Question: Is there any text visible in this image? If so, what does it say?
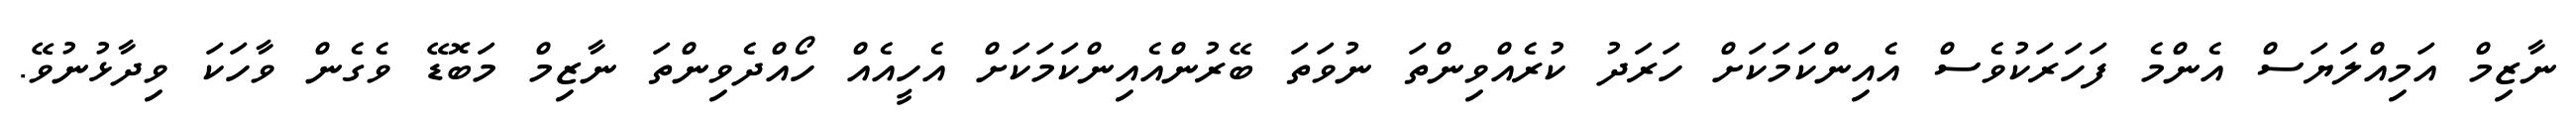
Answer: ނާޒިމް އަމިއްލަޔަސް އެންމެ ފަހަރަކުވެސް އެއިންކަމަކަށް ހަރަދު ކުރެއްވިންތަ ނުވަތަ ބޭރުންއެއިންކަމަކަށް އެހީއެއް ހޯއްދެވިންތަ ނާޒިމް މަބޮޑޭ ވެގެން ވާހަކަ ވިދާޅުނުވޭ.